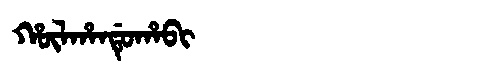
Manchu: ᡥᡡᠯᡥᠠᠨᡩᡠᡥᠠᠪᡳ
Romanization: HŪLHANDUHABI